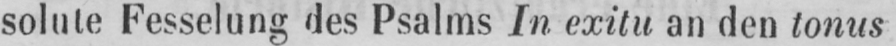
solute Fesselung des Psalms In exitu an den tonus